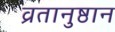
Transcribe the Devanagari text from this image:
व्रतानुष्ठान